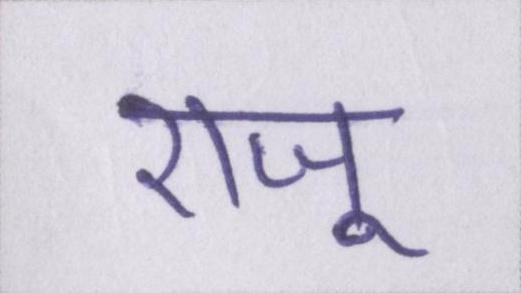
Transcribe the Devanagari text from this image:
राजू